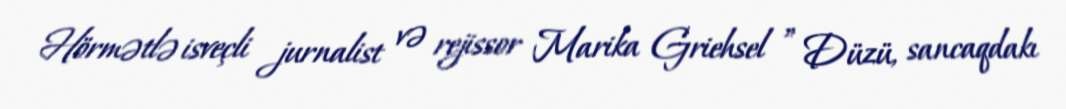
Hörmətlə isveçli jurnalist və rejissor Marika Griehsel ” Düzü, sancaqdakı